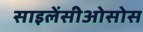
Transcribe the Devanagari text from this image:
साइलेंसीओसोस